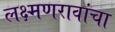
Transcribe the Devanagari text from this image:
लक्ष्मणरावांचा